Etiology and epidemiology of plague
Disease focus: Plague
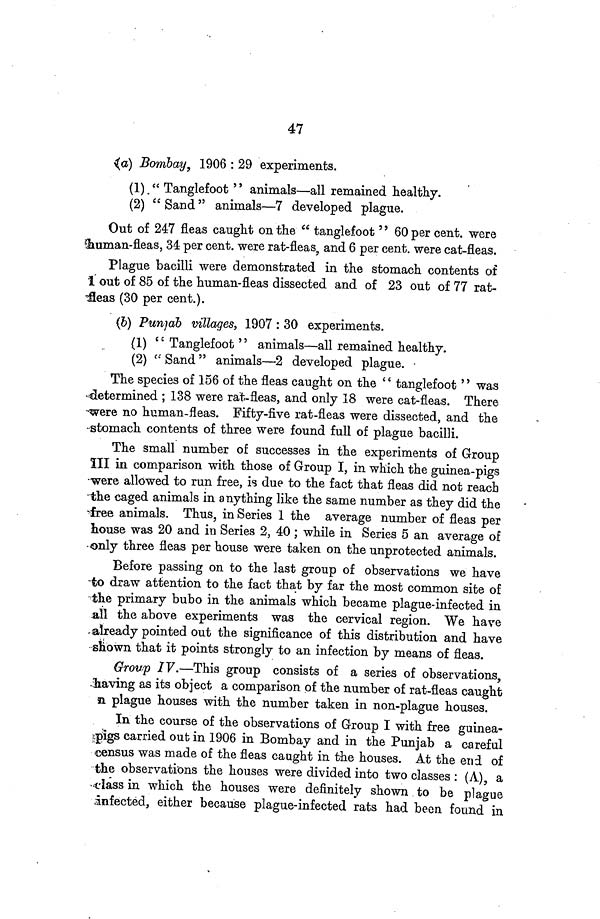
47
i(a) Bombay, 1906 : 29 experiments.
(1)." Tanglefoot '' animals—all remained healthy.
(2) " Sand" animals—7 developed plague.
Out of 247 fleas caught on the " tanglefoot'' 60 per cent. were
human-fleas, 34 per cent. were rat-fleas, and 6 per cent. were cat-fleas.
Plague bacilli were demonstrated in the stomach contents of
1 out of 85 of the human-fleas dissected and of 23 out of 77 rat-
ileas (30 per cent.).
(b) Punjab villages, 1907 : 30 experiments.
(1) " Tanglefoot " animals—all remained healthy.
(2) " Sand" animals—2 developed plague.
The species of 156 of the fleas caught on the '' tanglefoot'' was
determined ; 138 were rat-fleas, and only 18 were cat-fleas. There
were no human-fleas. Fifty-five rat-fleas were dissected, and the
-stomach contents of three were found full of plague bacilli.
The small number of successes in the experiments of Group
III in comparison with those of Group I, in which the guinea-pigs
were allowed to run free, is due to the fact that fleas did not reach
the caged animals in anything like the same number as they did the
free animals. Thus, in Series 1 the average number of fleas per
house was 20 and in Series 2, 40 ; while in Series 5 an average of
-only three fleas per house were taken on the unprotected animals.
Before passing on to the last group of observations we have
-to draw attention to the fact that by far the most common site of
the primary bubo in the animals which became plague-infected in
all the above experiments was the cervical region. We have
already pointed out the significance of this distribution and have
shown that it points strongly to an infection by means of fleas.
Group IV.—This group consists of a series of observations,
having as its object a comparison of the number of rat-fleas caught
plague houses with the number taken in non-plague houses.
In the course of the observations of Group I with free guinea-
ipigs carried out in 1906 in Bombay and in the Punjab a careful
census was made of the fleas caught in the houses. At the end of
the observations the houses were divided into two classes : (A), a
class in which the houses were definitely shown to be plague
infected, either because plague-infected rats had been found in